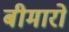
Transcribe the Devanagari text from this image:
बीमारो